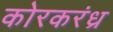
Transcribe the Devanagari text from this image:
कोरकरंध्र